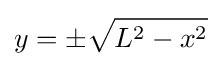
y=\pm {\sqrt {L^{2}-x^{2}}}